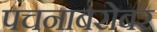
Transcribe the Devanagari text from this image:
पचनाबरोबर